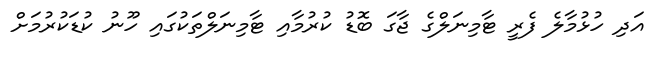
އަދި ހުޅުމާލެ ފެރީ ޓާމިނަލްގެ ޖާގަ ބޮޑު ކުރުމާއި ޓާމިނަލްތަކުގައި ހޫނު ކުޑަކުރުމަށް